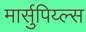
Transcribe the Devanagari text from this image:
मार्सुपिय्ल्स